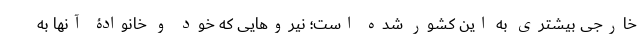
خارجی بیشتری به این کشور شده است؛ نیروهایی که خود و خانوادۀ آنها به